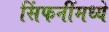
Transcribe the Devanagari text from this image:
सिंफनींमध्ये